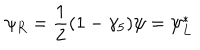
LaTeX: \psi _ { R } = \frac { 1 } { 2 } ( 1 - \gamma _ { 5 } ) \psi = \psi _ { L } ^ { * }